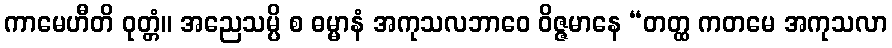
ကာမေဟီတိ ဝုတ္တံ။ အညေသမ္ပိ စ ဓမ္မာနံ အကုသလဘာဝေ ဝိဇ္ဇမာနေ “တတ္ထ ကတမေ အကုသလာ